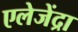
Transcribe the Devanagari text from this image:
एलेजेंद्रा